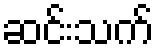
ဆင်းသက်